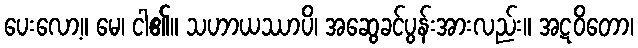
ပေးလော့။ မေ၊ ငါ၏။ သဟာယဿာပိ၊ အဆွေခင်ပွန်းအားလည်း။ အဋဝိတော၊